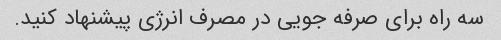
سه راه برای صرفه جویی در مصرف انرژی پیشنهاد کنید.